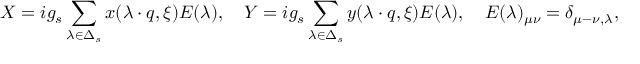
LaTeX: X = i g _ { s } \sum _ { \lambda \in \Delta _ { s } } x ( \lambda \cdot q , \xi ) E ( \lambda ) , \quad Y = i g _ { s } \sum _ { \lambda \in \Delta _ { s } } y ( \lambda \cdot q , \xi ) E ( \lambda ) , \quad E ( \lambda ) _ { \mu \nu } = \delta _ { \mu - \nu , \lambda } ,